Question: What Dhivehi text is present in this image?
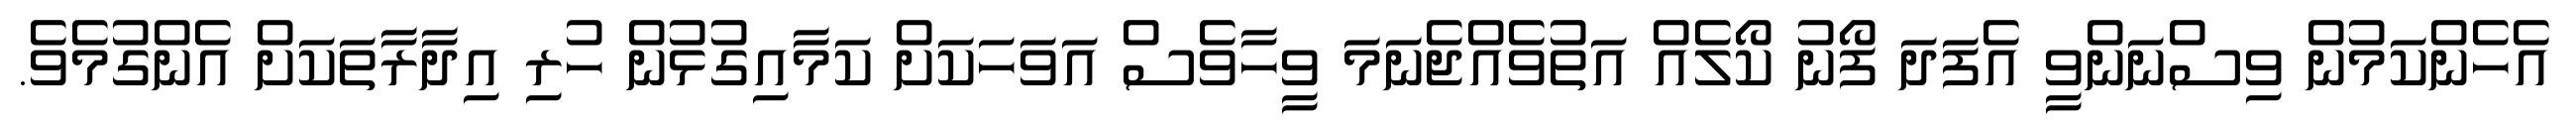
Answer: އެހެންކަމުން ވިސްނަންވީ އެފަދަ ފޯނު ކޯލެއް އަތުވެއްޖެނަމަ ވީހާވެސް އަވަހަކަށް ކަމާއިގުޅުން ހުރި އިދާރާތަކަށް އެންގުމެވެ.